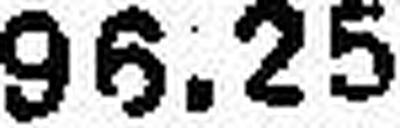
96.25